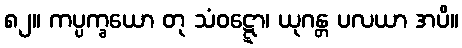
၈၂။ ကပ္ပက္ခယော တု သံဝဋ္ဋော၊ ယုဂန္တ ပလယာ အပိ။